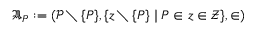
{ \mathfrak { A } } _ { P } : = ( { \mathcal { P } } \setminus \{ P \} , \{ z \setminus \{ P \} \mid P \in z \in { \mathcal { Z } } \} , \in )